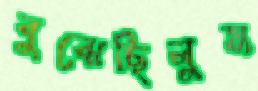
বুঝেছিলুম